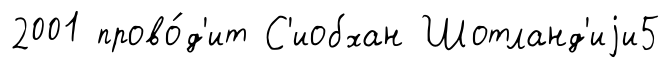
2001 прово́д'ит С'иобхан Шотланд'иjи5